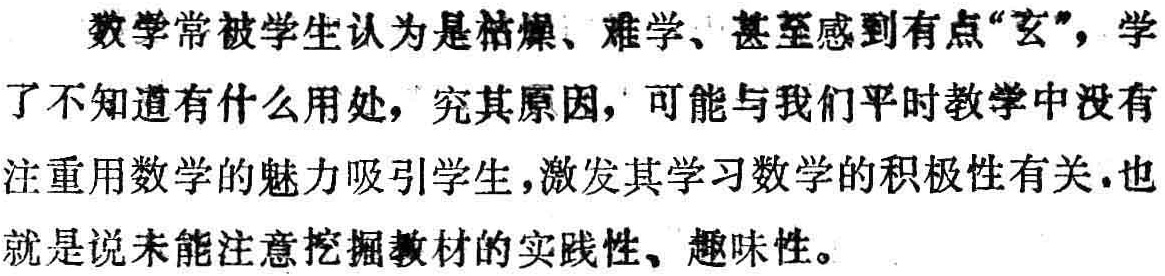
数学常被学生认为是枯燥、难学、甚至感到有点“玄”，学了不知道有什么用处，究其原因，可能与我们平时教学中没有注重用数学的魅力吸引学生，激发其学习数学的积极性有关.也就是说未能注意挖掘教材的实践性、趣味性。